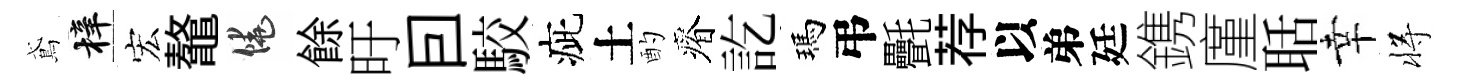
鳶梓宏鼇饒餘旴囙駮疵土酌瘠訖瑪弔㲲荐以弟廷鎸廑聒幸将